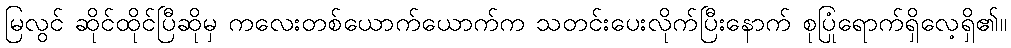
မြလွင် ဆိုင်ထိုင်ပြီဆိုမှ ကလေးတစ်ယောက်ယောက်က သတင်းပေးလိုက်ပြီးနောက် စုပြုံရောက်ရှိလေ့ရှိ၏။